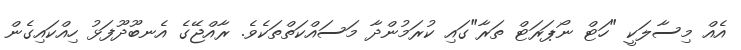
އެއް މިސާލަކީ "ހަޓް ނޯޕަރަޓް ތަރާ"ގައި ކުރަމުންދާ މަސައްކަތްތަކެވެ. ރާއްޖޭގެ އެނބޫދޫފަޅު ހިއްކައިގެން